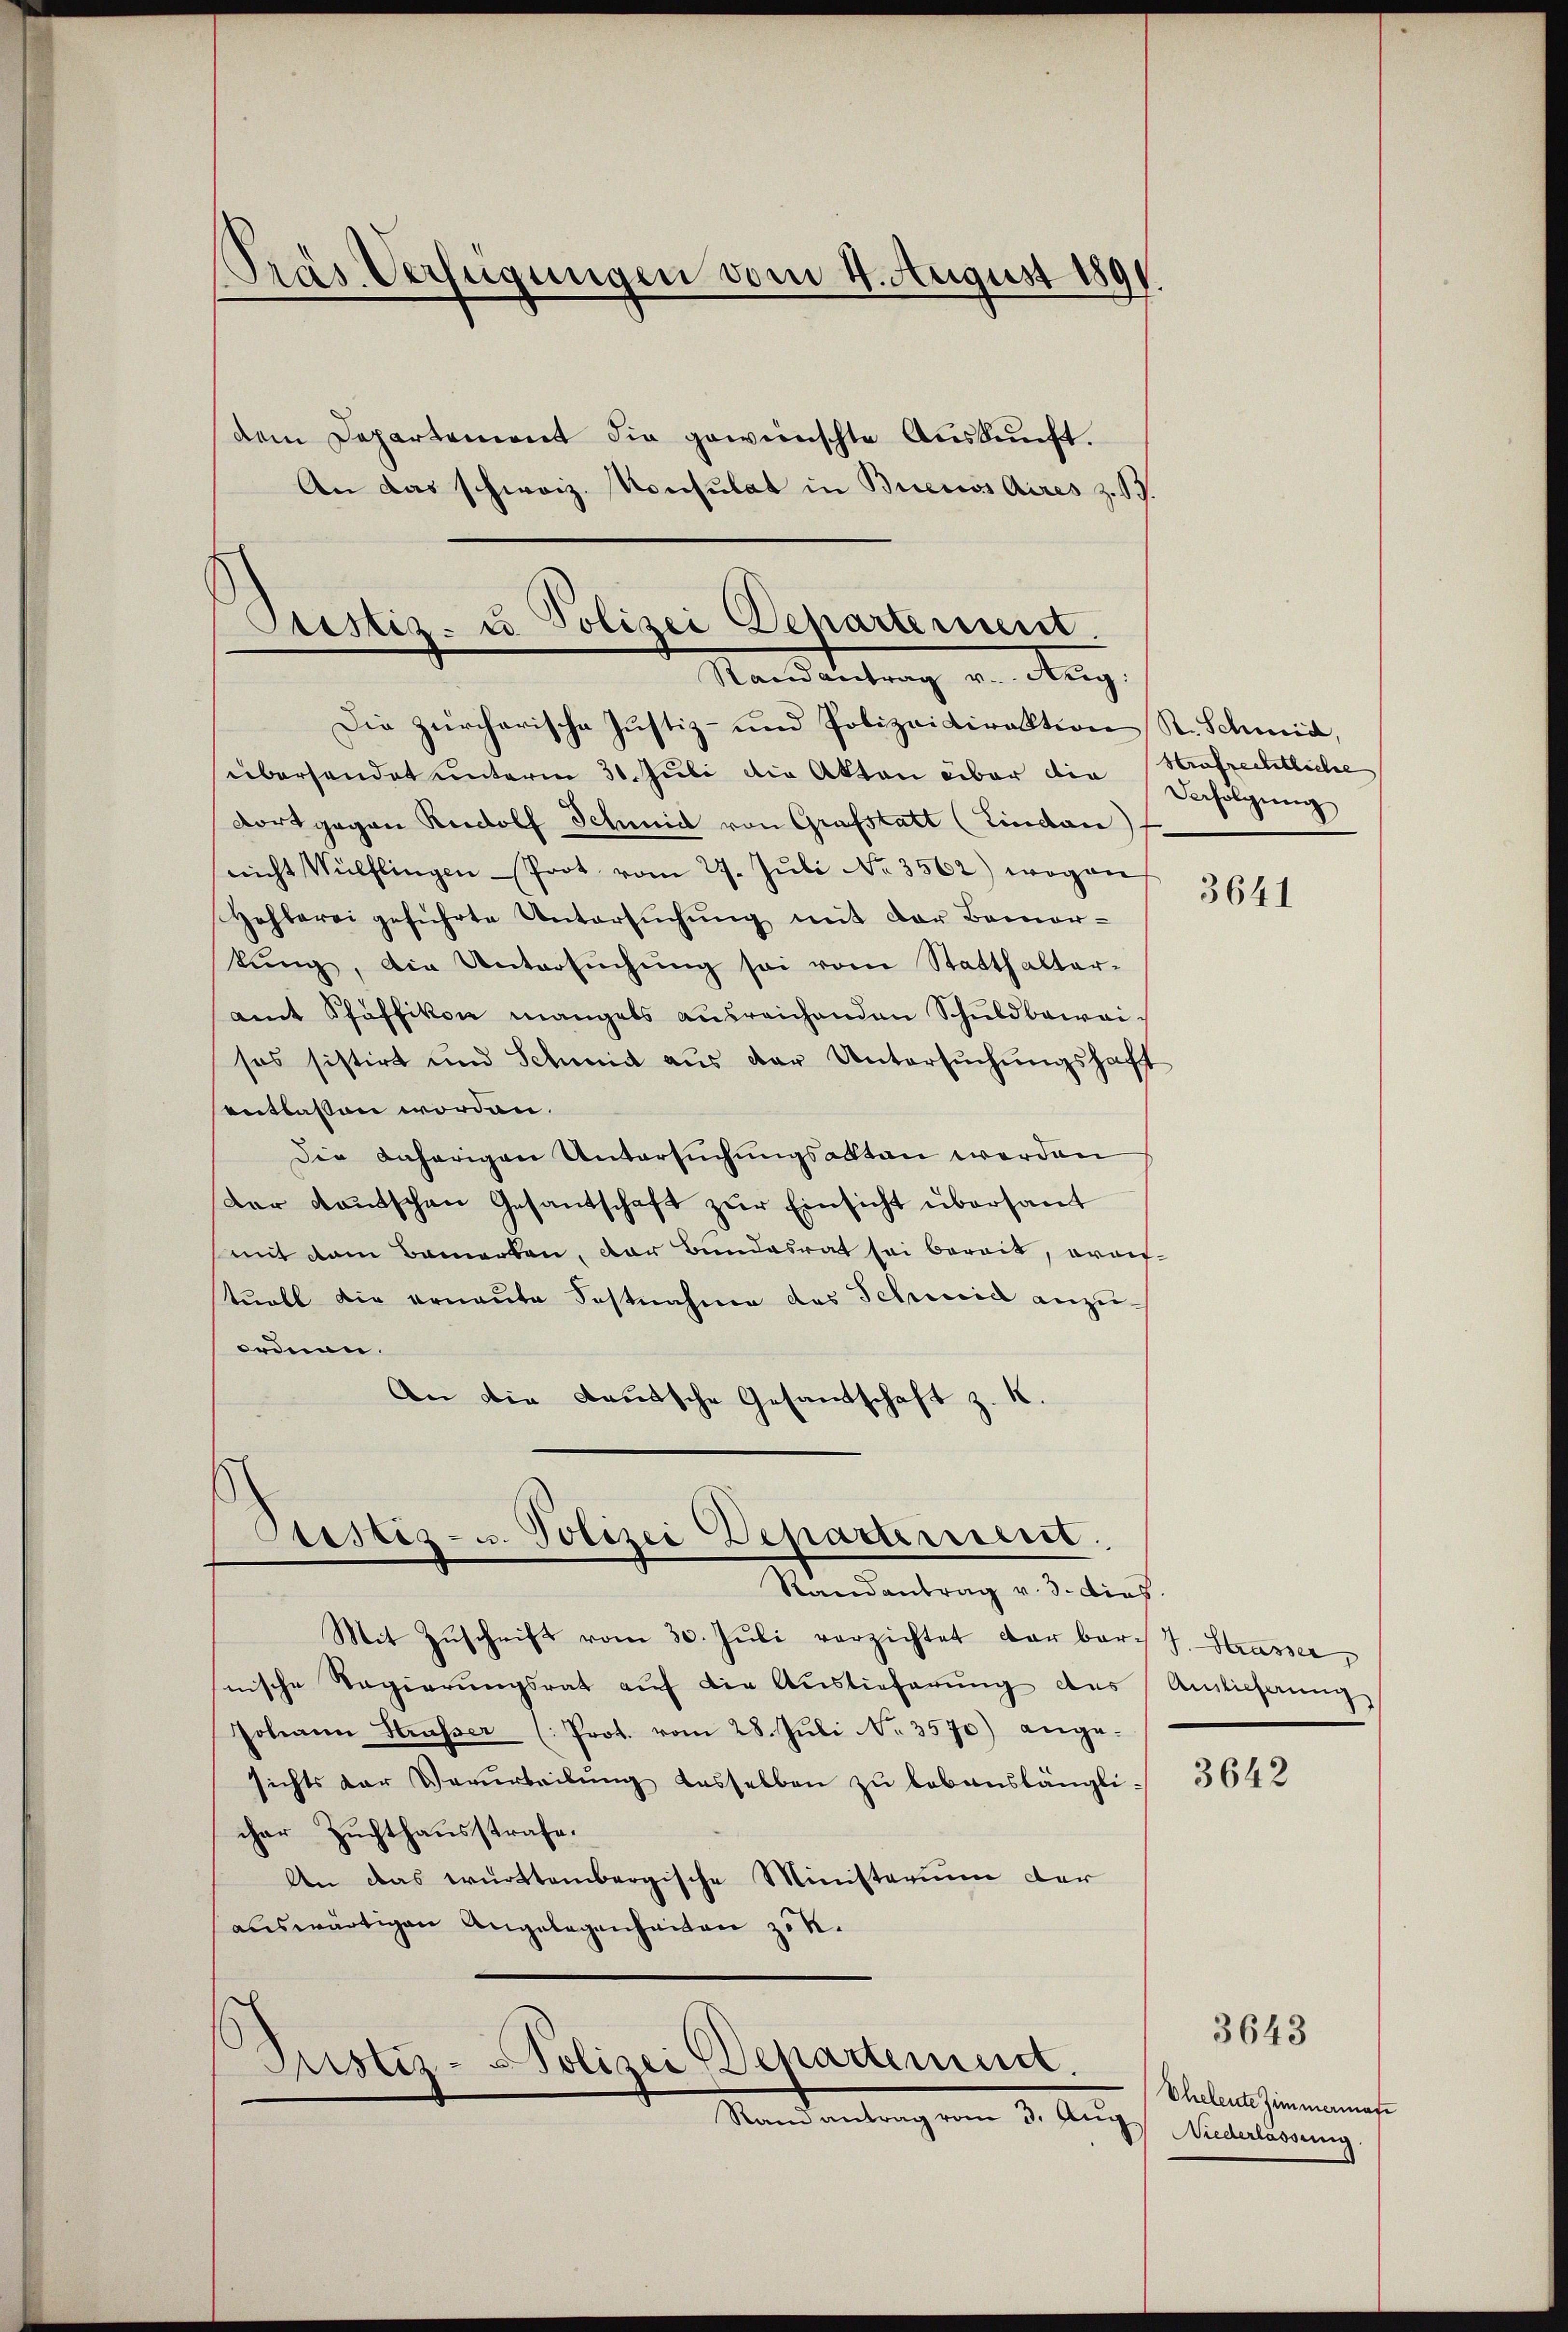
Pras Verfügungen vom 4. August 1891
dem Departement die gewünschte Auskunft.
An das schweiz. Konsulat in Buenos Aires z. B.

Cristiz- u Polizei Departement.
Mandartung von Aug.

Die zürcherische Justiz- und Polizeidirektion St. Schmid,
überhandet unterm 30. Juli die Akten über die Befolgung
Fortgegen Rudolf Schmid von Grafstatt (Lindau)
nicht Wülflingen Prot vom 27. Jŭli No 3562) wogen
Hohbarei geführte Untersŭchŭng mit der Bemer-
kŭng, die Untersŭchŭng sei vom Statthalter-
amt Schäffikon mangels ausreichenden Schuldbawaisos sistirt und Schmidt aus der Untersŭchŭngshaft
entlassen worden.
Die daherigen Untersuchungsakten werden
Der Kautschen Gesantschaft zur Einsicht übersant
mit dem Bemerken, der Bundesrat sei bereit, erauftuell die erneute Fastnahme des Schweid anzuordnen.
An die Bautsche Gesandtschaft z. K.

Sistiz- u. Polizei Departement
Randantrag v. 3. dies

Mandentrag vom 3. Aug. Mitartierung

Mit Zŭschrift vom 30. Jŭli verzichtet dar bar. J. Strasser
nische Regierŭngsrat aŭf die Auslieferŭng des Anlehnŭng
Johann Strasser (Prot. vom 28. Jŭli No 3570) ange-
sichts der Verurteilŭng dasselben zŭ lebenslängli- 3643
cher Zuchthausstrafe.
An das württembergische Ministerium der
auswärtigen Angelegenheiten zok.
Justiz-Polizei Departement.

Strafrechtliche

3641

3643

Eheleute Zimmerman